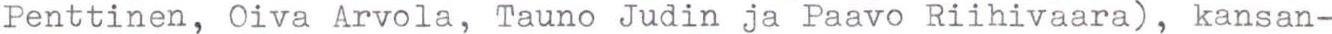
Penttinen, Oiva Arvola, Tauno Judin ja Paavo Riihivaara), kansan-